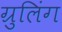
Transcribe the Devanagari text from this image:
ग्रुलिंग